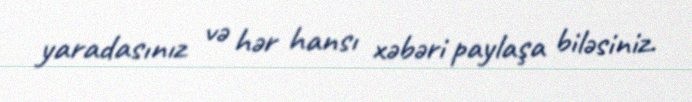
yaradasınız və hər hansı xəbəri paylaşa biləsiniz.